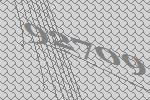
92709